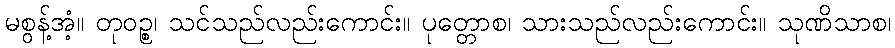
မစွန့်အံ့။ တုဝဉ္စ၊ သင်သည်လည်းကောင်း။ ပုတ္တောစ၊ သားသည်လည်းကောင်း။ သုဏိသာစ၊